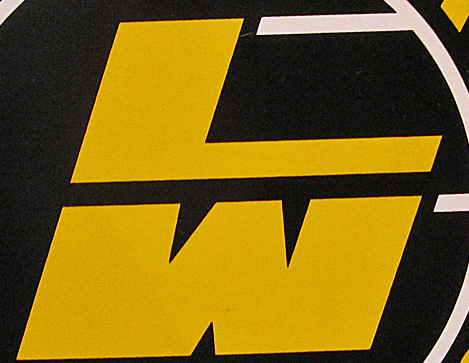
LW